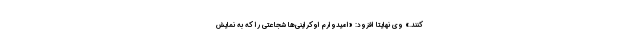
‌کنند.» وی نهایتا افزود: «امیدوارم اوکراینی‌ها شجاعتی را که به نمایش